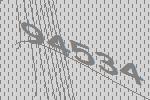
94534